Annual report of the Central Committee of the Association together with the report of the directors of the Pasteur Institute at Kasauli
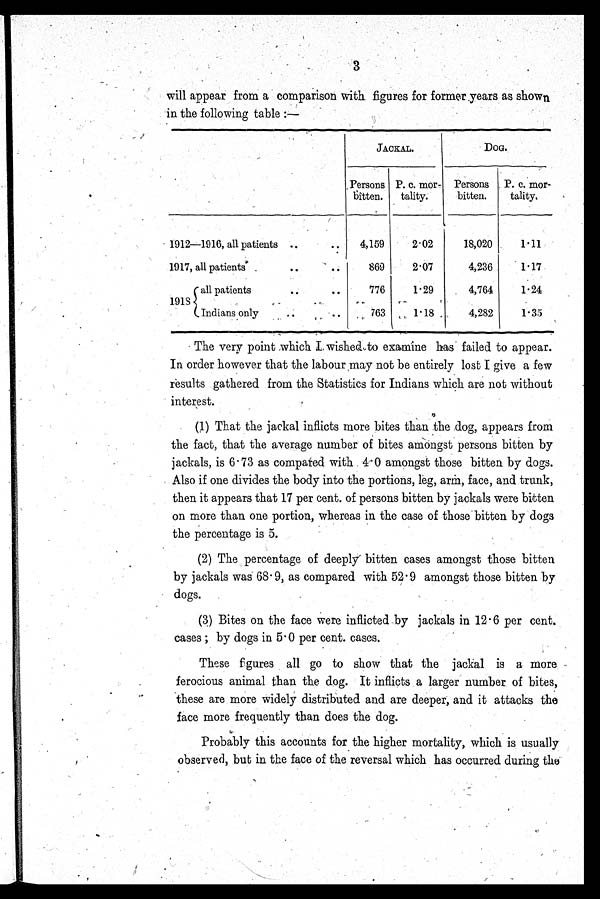
3
will appear from a comparison with figures for former years as shown
in the following table:—
JACKAL.
D O G .
Persons
bitten.
P. c. mor-
tality.
Persons
bitten.
P. c. mor-
tality.
1912—1916, all patients . . .
4,159
2.02
18,020
1.11
1917, all patients . . .
869
2.07
4,236
1.17
1918
all patients
. . .
776
1.29
4,764
1.24
I n d i a n s o n l y . . .
763
1.18
4,282
1.35
The very point which I wished to examine has failed to appear.
In order however that the labour may not be entirely lost I give a few
results gathered from the Statistics for Indians which are not without
interest.
( 1 ) T h a t t h e j a c k a l i n f l i c t s m o r e b i t e s t h a n t h e d o g , a p p e a r s f r o m
the fact, that the average number of bites amongst persons bitten by
jackals, is 6.73 as compared with 4.0 amongst those bitten by dogs.
Also if one divides the body into the portions, leg, arm, face, and trunk,
then it appears that 17 per cent. of persons bitten by jackals were bitten
on more than one portion, whereas in the case of those bitten by dogs
the percentage is 5.
( 2 ) T h e p e r c e n t a g e o f d e e p l y b i t t e n c a s e s a m o n g s t t h o s e b i t t e n
by jackals was 68.9, as compared with 52.9 amongst those bitten by
dogs.
(3) Bites on the face were inflicted by jackals in 12.6 per cent.
cases; by dogs in 5.0 per cent. cases.
These figures all go to show that the jackal is a more
ferocious animal than the dog. It inflicts a larger number of bites,
these are more widely distributed and are deeper, and it attacks the
face more frequently than does the dog.
Probably this accounts for the higher mortality, which is usually
observed, but in the face of the reversal which has occurred during the